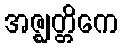
အဇ္ဈတ္တိကေ